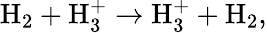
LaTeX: \begin{array}{r}{\mathrm{H}_{2}+\mathrm{H}_{3}^{+}\rightarrow\mathrm{H}_{3}^{+}+\mathrm{H}_{2},}\end{array}